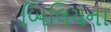
બિલિયના